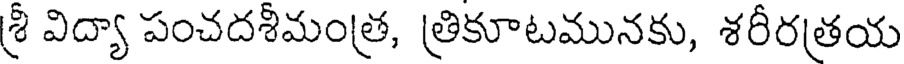
శ్రీ విద్యా పంచదశీమంత్ర, త్రికూటమునకు, శరీరత్రయ